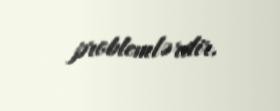
problemlərdir.